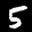
Label: 5